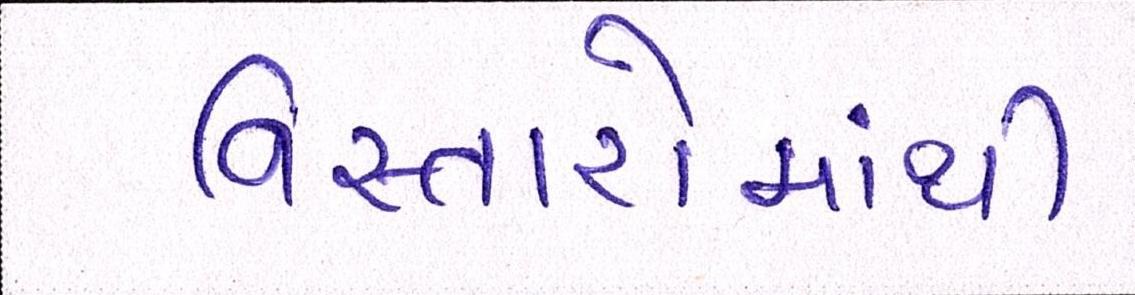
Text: વિસ્તારોમાંથી